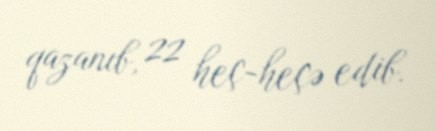
qazanıb, 22 heç-heçə edib.